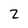
Character: 2